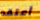
أعتقد